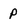
Character: P